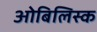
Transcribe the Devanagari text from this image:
ओबिलिस्क